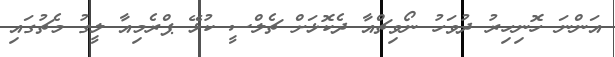
އަންނަ ހޮނިހިރު ދުވަހު ނޯވިޗްއާ ދެކޮޅަށް ޗެލްސީ ކުޅޭ ޕްރެމިއާ ލީގު މެޗުގައި